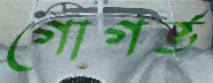
গোগর্ভ